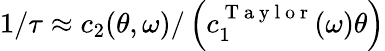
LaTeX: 1/\tau\approx c_{2}(\theta,\omega)/\left(c_{1}^{\mathrm{~T~a~y~l~o~r~}}(\omega)\theta\right)